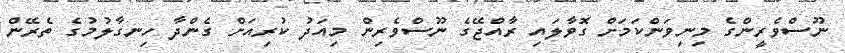
ނޫސްވެރީންގެ މިނިވަންކަމަށް ގޮވާލައި ރާއްޖޭގެ ނޫސްވެރިން މިއަދު ކުރިއަށް ގެންދާ ހިނގާލުމުގެ ތެރޭން